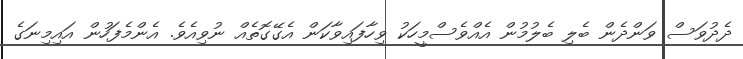
ދެދުވަސް ވަންދެން ބެލި ބެލުމުން އެއްވެސްމީހަކު ވިހާފައިވާކަން އެގޭގޮތެއް ނުވިއެވެ. އެންމެފަހުން އައިމިނަގެ